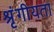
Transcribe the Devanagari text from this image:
श्रृंगीयता